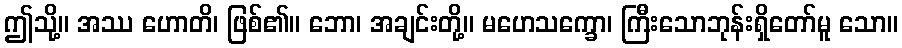
ဤသို့။ အဿ ဟောတိ၊ ဖြစ်၏။ ဘော၊ အချင်းတို့။ မဟေသက္ခော၊ ကြီးသောဘုန်းရှိတော်မူ သော။